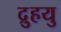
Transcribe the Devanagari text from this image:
द्रुुहयु